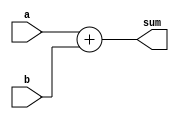
module ADD #(parameter WIDTH = 2)(a, b, sum);
	input [WIDTH-1:0] a, b;
	output reg [WIDTH-1:0] sum; 
	
	always @(a, b) begin
		sum <= a+b;
	end
endmodule

// ADD needs to be tested